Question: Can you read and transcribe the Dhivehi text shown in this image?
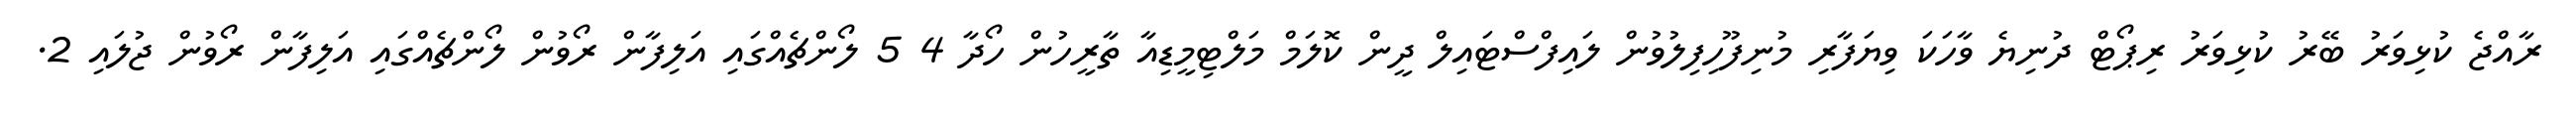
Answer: ރާއްޖެ ކުޅިވަރު ބޭރު ކުޅިވަރު ރިޕޯޓް ދުނިޔެ ވާހަކަ ވިޔަފާރި މުނިފޫހިފިލުވުން ލައިފްސްޓައިލް ދީން ކޮލަމް މަލްޓިމީޑިއާ ތާރީހުން ހޯދާ 4 5 ލޯންޗެއްގައި އަލިފާން ރޯވުން ލޯންޗެއްގައި އަލިފާން ރޯވުން ޖުލައި 2.